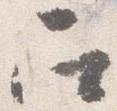
召